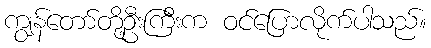
ကျွန်တော်တို့ဦးကြီးက ဝင်ပြောလိုက်ပါသည်။